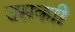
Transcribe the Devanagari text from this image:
उसकाी